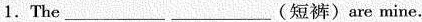
1.The ___ (短裤)are mine.